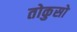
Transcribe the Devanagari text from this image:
तोकुसो